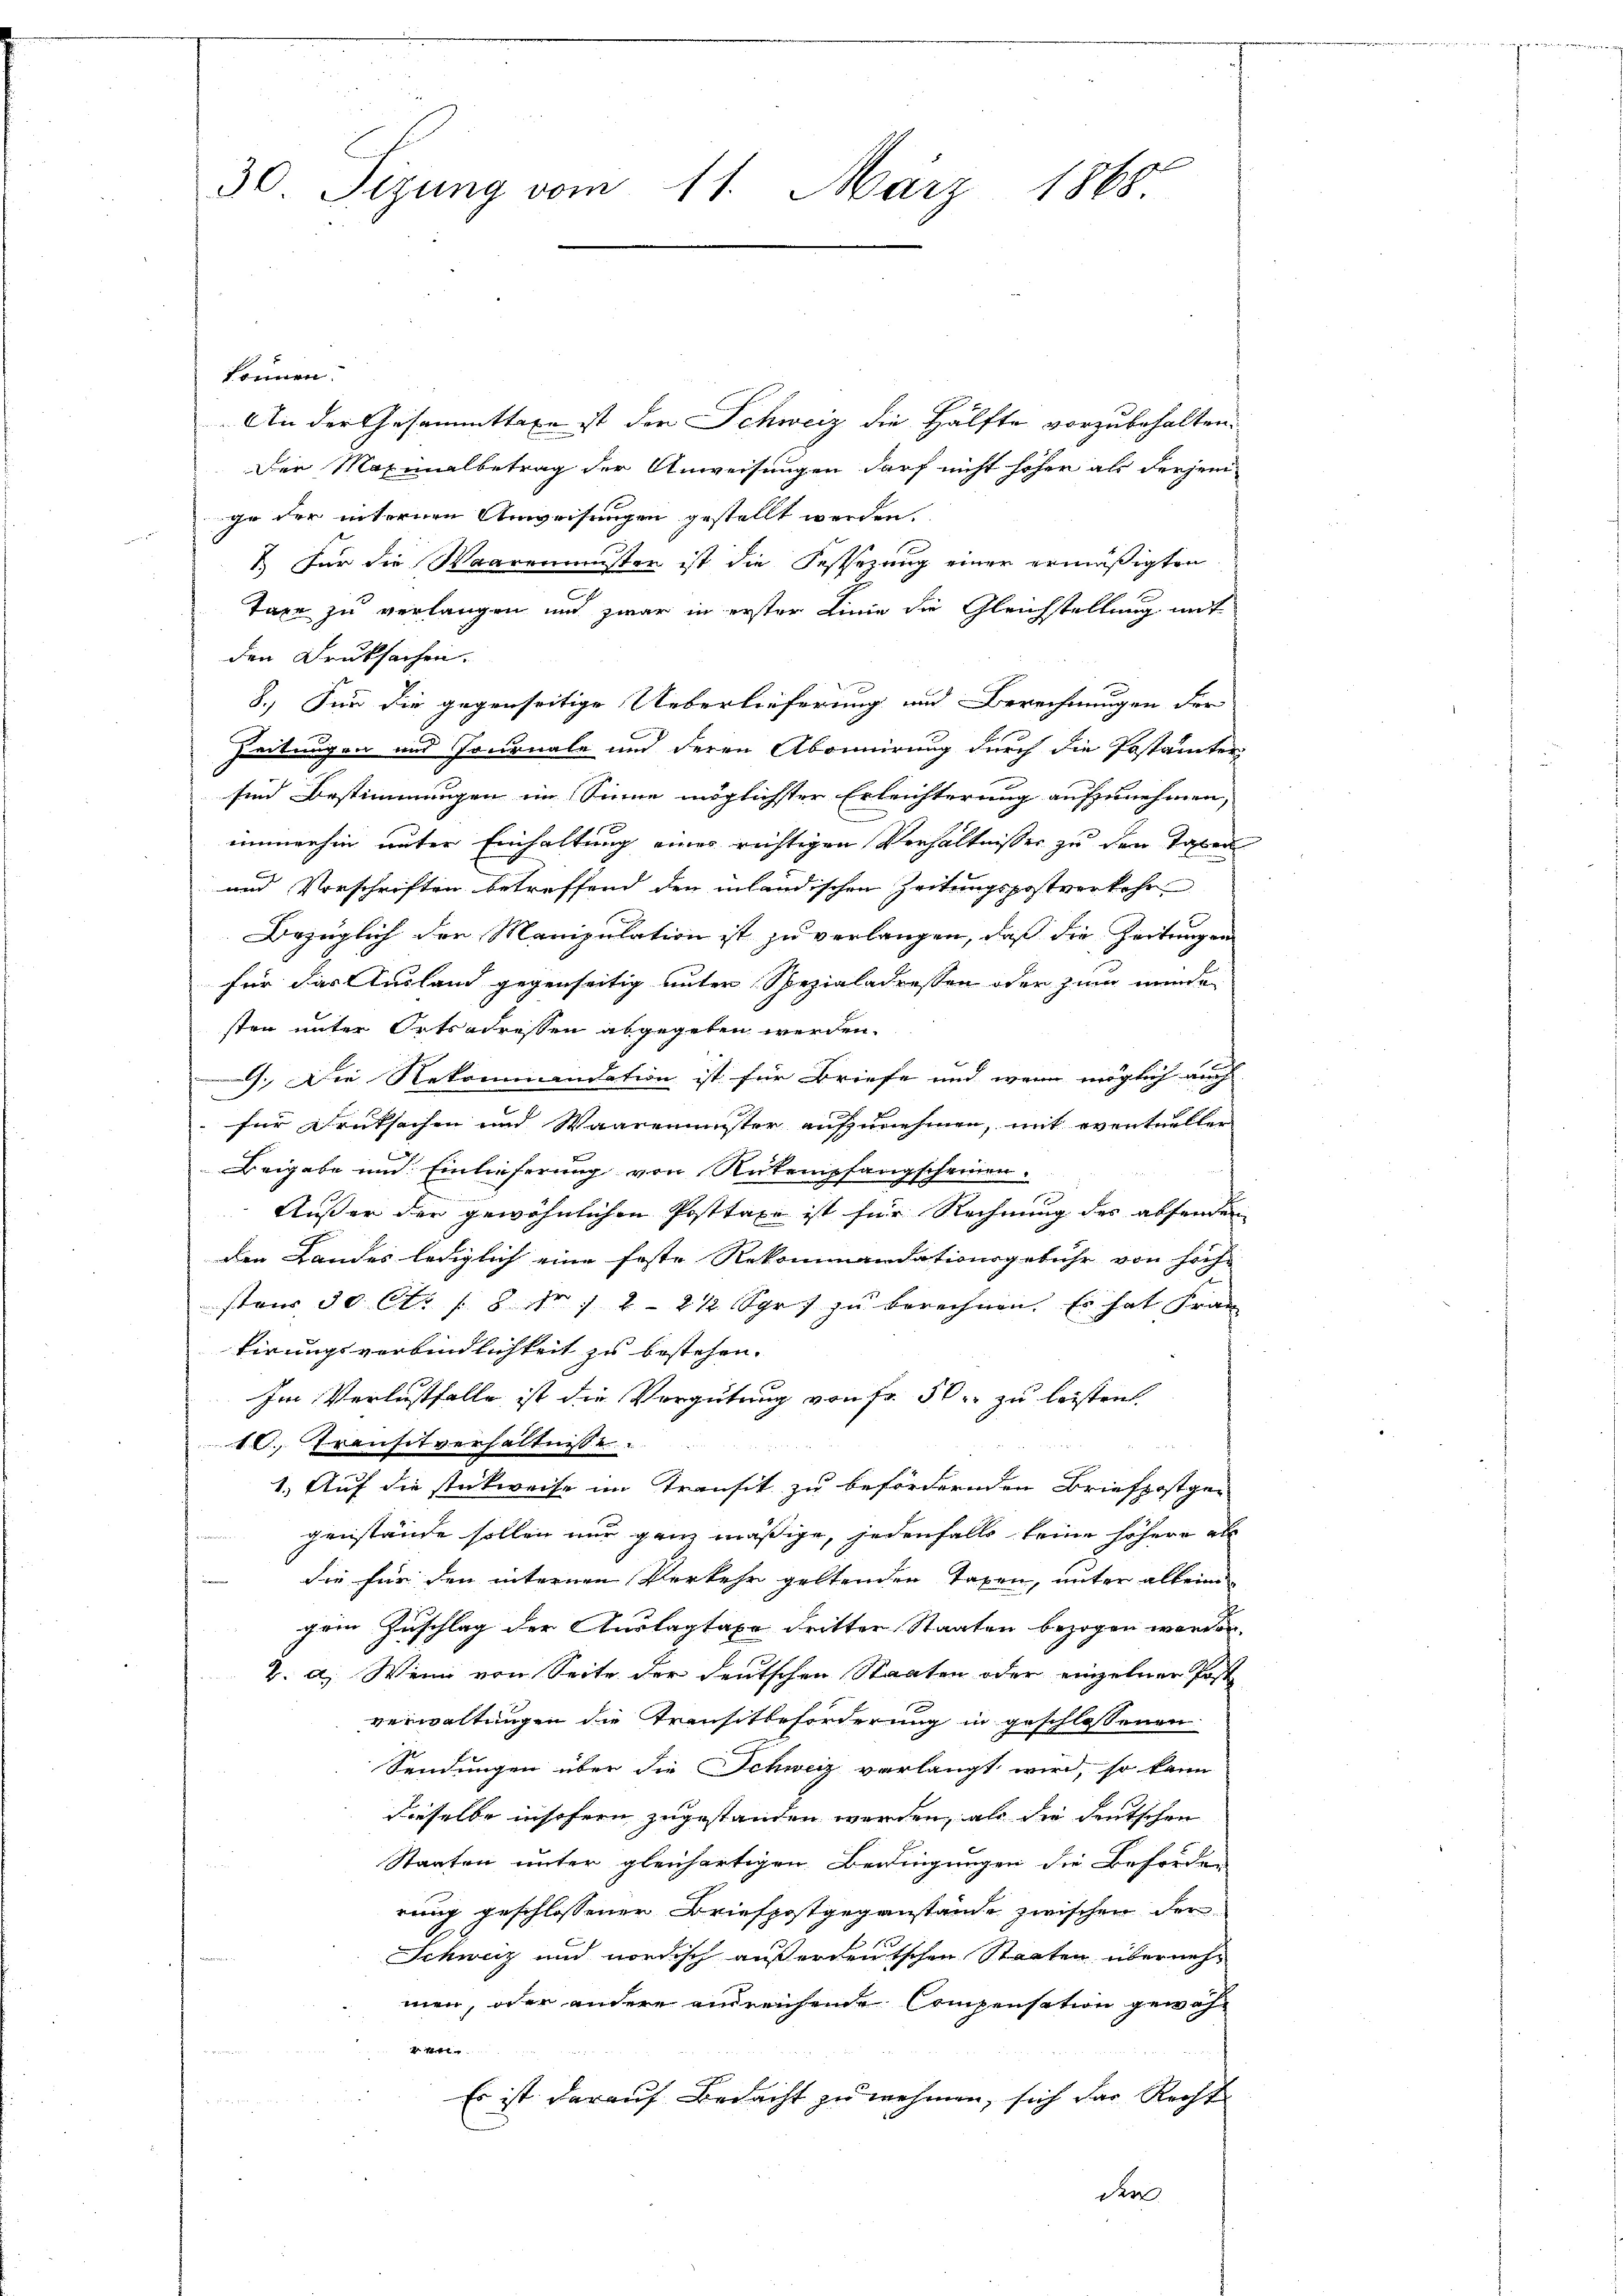
30. Sizung vom 11. März 1865.

können.
An der Gesammttaxe ist der Schweiz die Hälfte vorzubehalten.
Der Maximalbetrag der Anweisungen darf nicht höher als derjeni
ge der internen Anweisungen gestellt werden.
 Für die Waarenmusten ist die Festsezung einer ermäßigten
Taxe zu verlangen und zwar in erster Linie die Gleichstellung mit
den Druksachen.
8.) Für die gegenseitige Ueberlieferung und Berechnungen der
Zeitungen und Journale und deren Abonnirung durch die Postämter
sind Bestimmungen im Sinne möglichster Erleichterung aufzunehmen,
immerhin unter Einhaltung eines richtigen Verhältnisser zu den Taxen
und Vorschriften betreffend den inländischen Zeitungspostverkehr
Bezüglich der Manipulation ist zu verlangen, daß die Zeitungen
für das Ausland gegenseitig unter Spezialadressen oder zum wunden
sten unter Ortsadressen abgegeben werden.
. Die Rekommandation ist für Briefe und wenn möglich auch
für Deutsachen und Waaremenster aufzunehmen, mit eventueller
Beigabe und Einlieferung von Rükempfangscheinen.
Außer der gewöhnlichen Posttaxe ist für Rechnung des absenden
den Landes lediglich eine feste Rekommandationsgebühr von hoch
stens 50 Cts /8 Nr 1 2212 Spr) zu berechnen. Es hat Fran
tirungsverbindlichkeit zu bestehen. |
Im Verlustfalle ist die Vergütung von Fr. 50 zu leisten.
12. Transitverhältnisse
i
 2
1. Auf die stückweise im Transit zu befördernden Briefpostgen
genstände sollen nur ganz mäßige, jedenfalls keine höhere al
die für den internen Verkehr geltenden Taxen, unter allein
fein Zuschlag der Auslagtaxe dritter Staaten bezogen werden.
2. a. Wenn von Seite der deutschen Staaten oder einzelner Post
verwaltungen die Transitbeforderung in geschlossenen
Sendungen über die Schweiz verlangt wird, so kann
dieselbe insofern zugestanden werden, als die deutschen
Staaten unter gleichartigen Bedingungen die Beförder
rung geschlossener Briefpostgegenstände zwischen der
Schweiz und nordisch außerdeutschen Staaten übernehmen, oder andere ausreichende Compensation gewäht
Es ist darauf Bedacht zu nehmen, sich das Recht
e
den